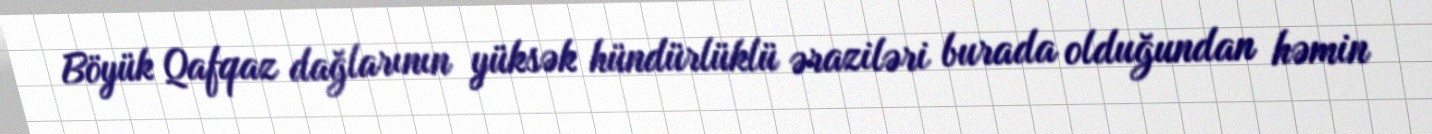
Böyük Qafqaz dağlarının yüksək hündürlüklü əraziləri burada olduğundan həmin